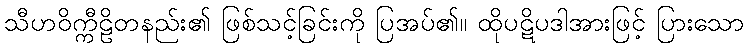
သီဟဝိက္ကီဠိတနည်း၏ ဖြစ်သင့်ခြင်းကို ပြအပ်၏။ ထိုပဋိပဒါအားဖြင့် ပြားသော